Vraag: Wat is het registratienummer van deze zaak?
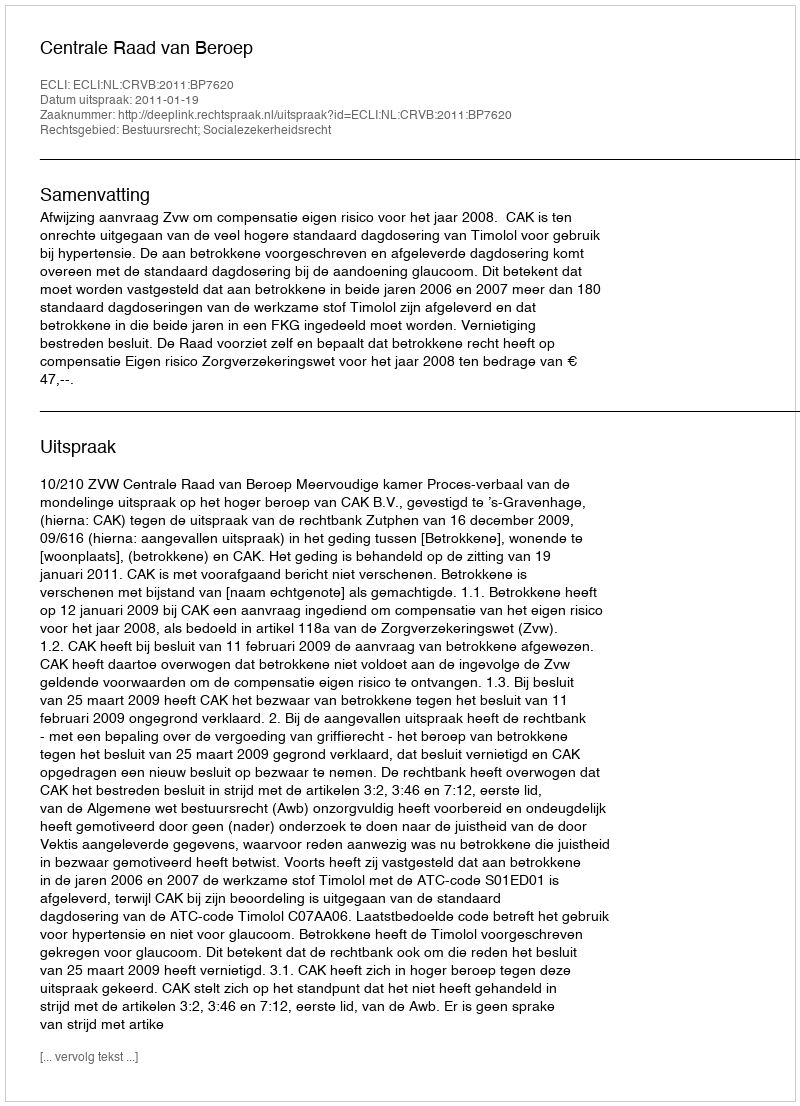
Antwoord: http://deeplink.rechtspraak.nl/uitspraak?id=ECLI:NL:CRVB:2011:BP7620